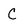
Character: C